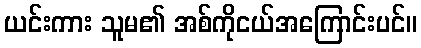
ယင်းကား သူမ၏ အစ်ကိုငယ်အကြောင်းပင်။